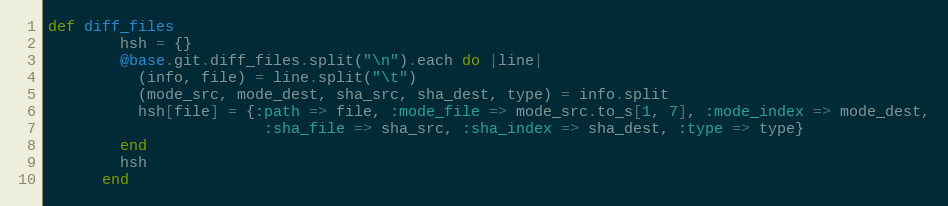
Language: Ruby
def diff_files
        hsh = {}
        @base.git.diff_files.split("\n").each do |line|
          (info, file) = line.split("\t")
          (mode_src, mode_dest, sha_src, sha_dest, type) = info.split
          hsh[file] = {:path => file, :mode_file => mode_src.to_s[1, 7], :mode_index => mode_dest,
                        :sha_file => sha_src, :sha_index => sha_dest, :type => type}
        end
        hsh
      end